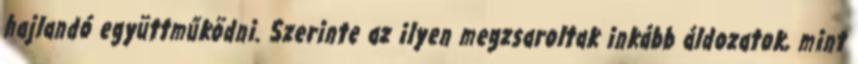
hajlandó együttműködni. Szerinte az ilyen megzsaroltak inkább áldozatok, mint